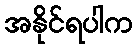
အနိုင်ရပါက